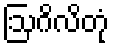
ဩဂိလိတုံ